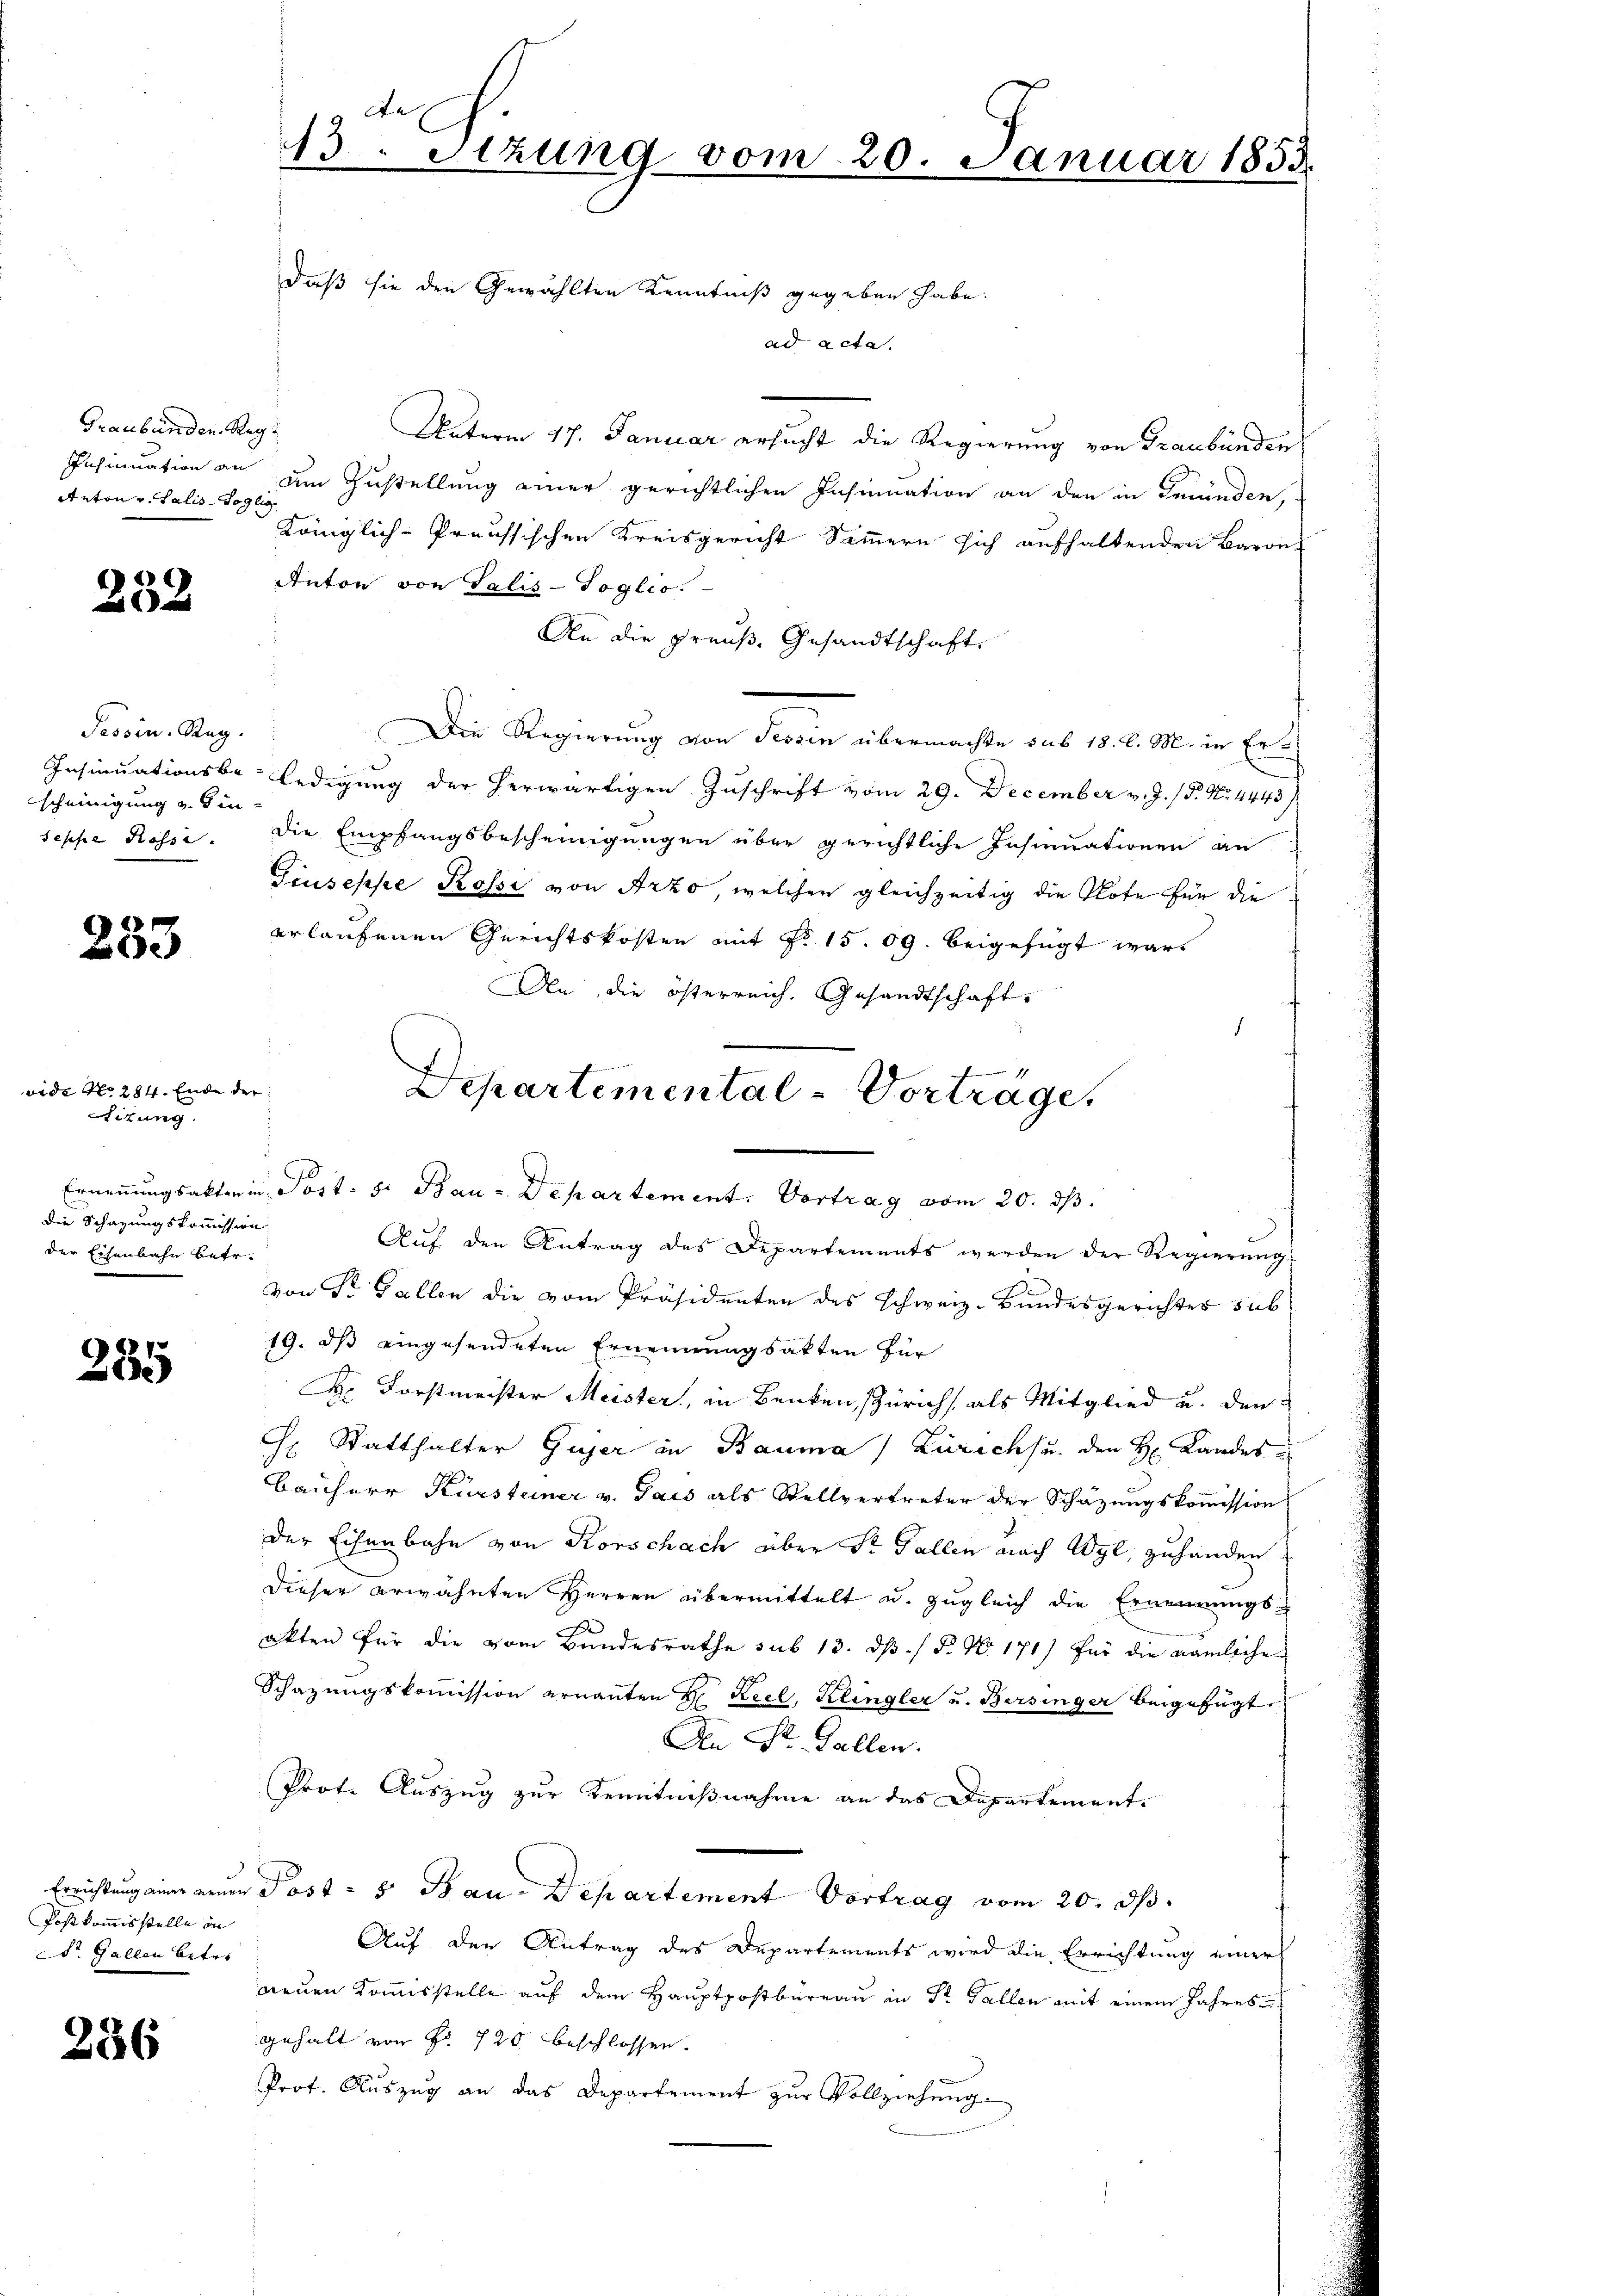
Graubünden Reg
Anton v. Salis-Soglic

232

Tessin. Reg.
scheinigung v. Sin
seppe Kasse.

283

285

Postkommisstelle in
St. Gallen biter

236

13. Sitzung vom 20. Januar 185.

vide No 284. Ende der
izung.
die Schazungskommission
der Eisenbahn betr.

daß sie den Gewählten Kenntniß gegeben habe.

Departemental-Vorträge.

ad acta.
Unterm 17. Januar ersucht die Regierung von Graubünden
Insinuation an um Zustellung einer gerichtlichen Insinuation an den in Fründen,
Königlich-Preussischen Kreisgericht Simmern sich aufhaltenden Baron
Anton von Salis-Soglis
An die Preuß. Gesandtschaft,
Die Regierung von Tessin übermachte sub 18. l. M. in Er¬
Insinuationsbe-ledigung der herwärtigen Zuschrift vom 29. December v. J. P. Nr. 4443
Die Empfangsbescheinigungen über gerichtliche Insinuationen an
Giuseppe Rosse von Arzo, welchen gleichzeitig die Klote für die
erlaufenen Gerichtskosten mit No 15. 09. beigefügt war.
An die österreich. Gesandtschaft.
1
Ernennungsakterin Post. S. Bau-Departement. Vortrag vom 20. ds.
Aŭf den Antrag des Departements werden der Regierŭng
Von Dr. Gallen die vom Präsidenten des Schweiz. Bundesgerichtes sub
19. ds eingesendeten Ernennungsakten für
H. Forstmeister Meister, in Benken, Zürich, als Mitglied u. den
G. Statthalter Gujer in Bauma / Zürichsu. den H: Landes
Bauherr Kürsteiner v. Jais als Stellvertreter der Schätzungskommission
der Eisenbahn von Korschach über Sr Fallen nach Wyl, zuhanden
Dieser erwähnten Herren übermittelt u. zugleich die Ernennungsakten für die vom Bundesrathe sub 13. dß. / B. No. 171) für die nämliche
Schazungskoṁission ernannten H. Keel, Klingler u. Bersinger beigefügt
An St. Gallen.
Prote Auszug zur Kenntnißnahme an das Departement.
Errichtung eine neuen Post - 5. Bau-Departement Vortrag vom 20. ds.
Auf den Antrag des Departements wird die Errichtung einer
neuen Kommisstelle auf dem Hauptpostbüreau in Dr. Gallen mit einem Jahres
gehalt von Fr. 720 beschlossen.
Prot. Aŭszŭg an das Departement zŭr Vollziehŭng.